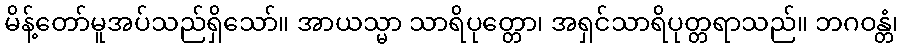
မိန့်တော်မူအပ်သည်ရှိသော်။ အာယသ္မာ သာရိပုတ္တော၊ အရှင်သာရိပုတ္တရာသည်။ ဘဂဝန္တံ၊